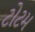
ટોટમ